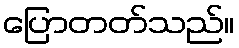
ပြောတတ်သည်။